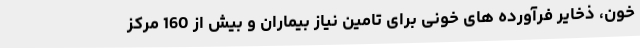
خون، ذخایر فرآورده های خونی برای تامین نیاز بیماران و بیش از 160 مرکز